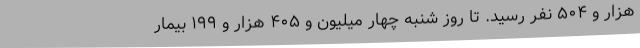
هزار و ۵۰۴ نفر رسید. تا روز شنبه چهار میلیون و ۴۰۵ هزار و ۱۹۹ بیمار